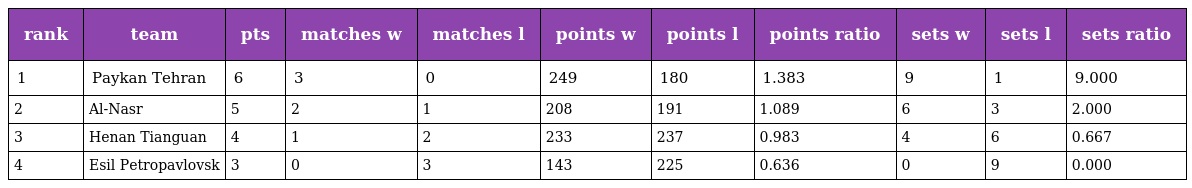
| rank | team | pts | matches w | matches l | points w | points l | points ratio | sets w | sets l | sets ratio |
 | --- | --- | --- | --- | --- | --- | --- | --- | --- | --- | --- |
 | 1 | Paykan Tehran | 6 | 3 | 0 | 249 | 180 | 1.383 | 9 | 1 | 9.000 |
 | 2 | Al-Nasr | 5 | 2 | 1 | 208 | 191 | 1.089 | 6 | 3 | 2.000 |
 | 3 | Henan Tianguan | 4 | 1 | 2 | 233 | 237 | 0.983 | 4 | 6 | 0.667 |
 | 4 | Esil Petropavlovsk | 3 | 0 | 3 | 143 | 225 | 0.636 | 0 | 9 | 0.000 |